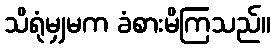
သိရုံမျှမက ခံစားမိကြသည်။